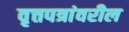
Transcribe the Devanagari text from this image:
वृत्तपत्रांवरील